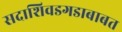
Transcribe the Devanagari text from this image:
सदाशिवडगडाबाबत